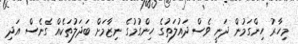
މިހާރު ހިންގަމުން ދަނީ ވެސް ދައުލަތުގެ ހިންގުމުގެ ނިޒާމަށް ބަދަލުތަކެއް ގެނެސް އަދި